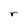
Character: r